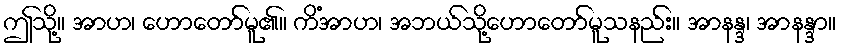
ဤသို့။ အာဟ၊ ဟောတော်မူ၏။ ကိံအာဟ၊ အဘယ်သို့ဟောတော်မူသနည်း။ အာနန္ဒ၊ အာနန္ဒာ။